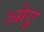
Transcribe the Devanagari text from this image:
ओटु